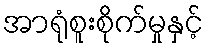
အာရုံစူးစိုက်မှုနှင့်